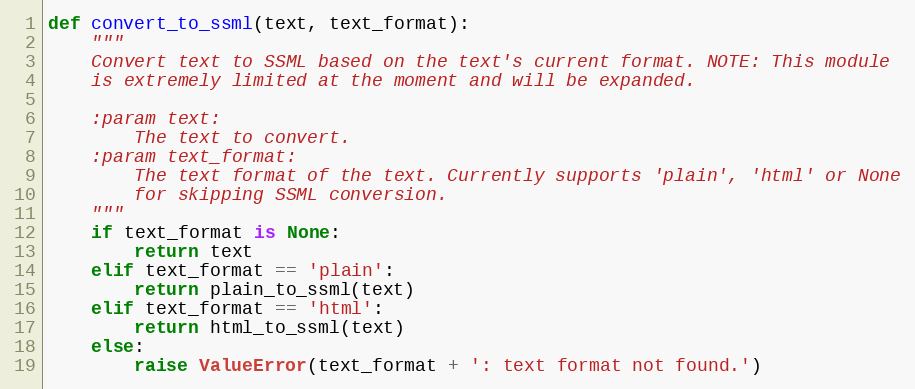
Language: Python
def convert_to_ssml(text, text_format):
    """
    Convert text to SSML based on the text's current format. NOTE: This module
    is extremely limited at the moment and will be expanded.

    :param text:
        The text to convert.
    :param text_format:
        The text format of the text. Currently supports 'plain', 'html' or None
        for skipping SSML conversion.
    """
    if text_format is None:
        return text
    elif text_format == 'plain':
        return plain_to_ssml(text)
    elif text_format == 'html':
        return html_to_ssml(text)
    else:
        raise ValueError(text_format + ': text format not found.')